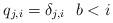
LaTeX: \begin{align*}q_{j,i}=\delta_{j,i}\ \ b<i\end{align*}